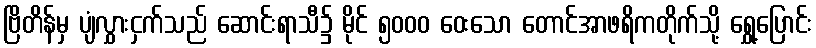
ဗြိတိန်မှ ပျံလွှားငှက်သည် ဆောင်းရာသီ၌ မိုင် ၅၀၀၀ ဝေးသော တောင်အာဖရိကတိုက်သို့ ရွှေ့ပြောင်း